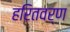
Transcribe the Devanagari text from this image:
हरितवर्ण